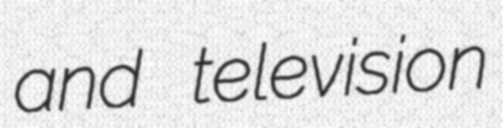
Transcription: and television